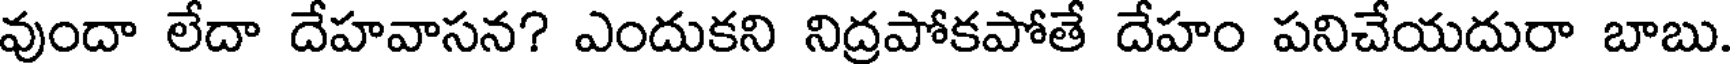
వుందా లేదా దేహవాసన? ఎందుకని నిద్రపోకపోతే దేహం పనిచేయదురా బాబు